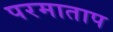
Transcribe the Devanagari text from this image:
परमाताप